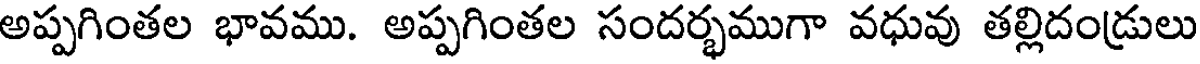
అప్పగింతల భావము. అప్పగింతల సందర్భముగా వధువు తల్లిదండ్రులు